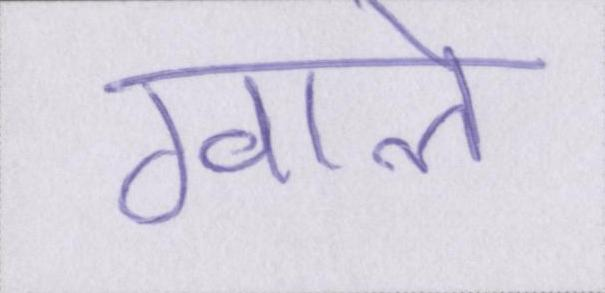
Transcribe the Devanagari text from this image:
ग्वाले